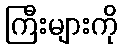
ကြီးများကို